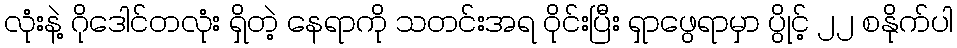
လုံးနဲ့ ဂိုဒေါင်တလုံး ရှိတဲ့ နေရာကို သတင်းအရ ဝိုင်းပြီး ရှာဖွေရာမှာ ပွိုင့် ၂၂ စနိုက်ပါ